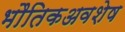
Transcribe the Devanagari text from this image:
भौतिकअवशेष